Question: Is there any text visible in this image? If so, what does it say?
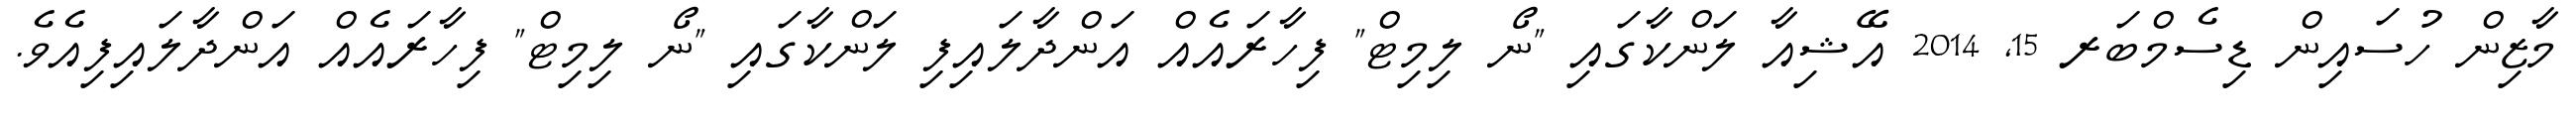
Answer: މާޒިން ހުސައިން ޑިސެމްބަރ 15, 2014 އޭޝިއާ ލަންކާގައި "ނޯ ލިމިޓް" ފިހާރައެއް އަންދާލައިފި ލަންކާގައި "ނޯ ލިމިޓް" ފިހާރައެއް އަންދާލައިފިއެވެ.